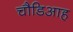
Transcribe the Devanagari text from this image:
चौडिआह